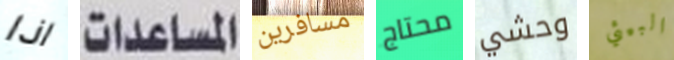
اذا المساعدات مسافرين محتاج وحشي البيئي